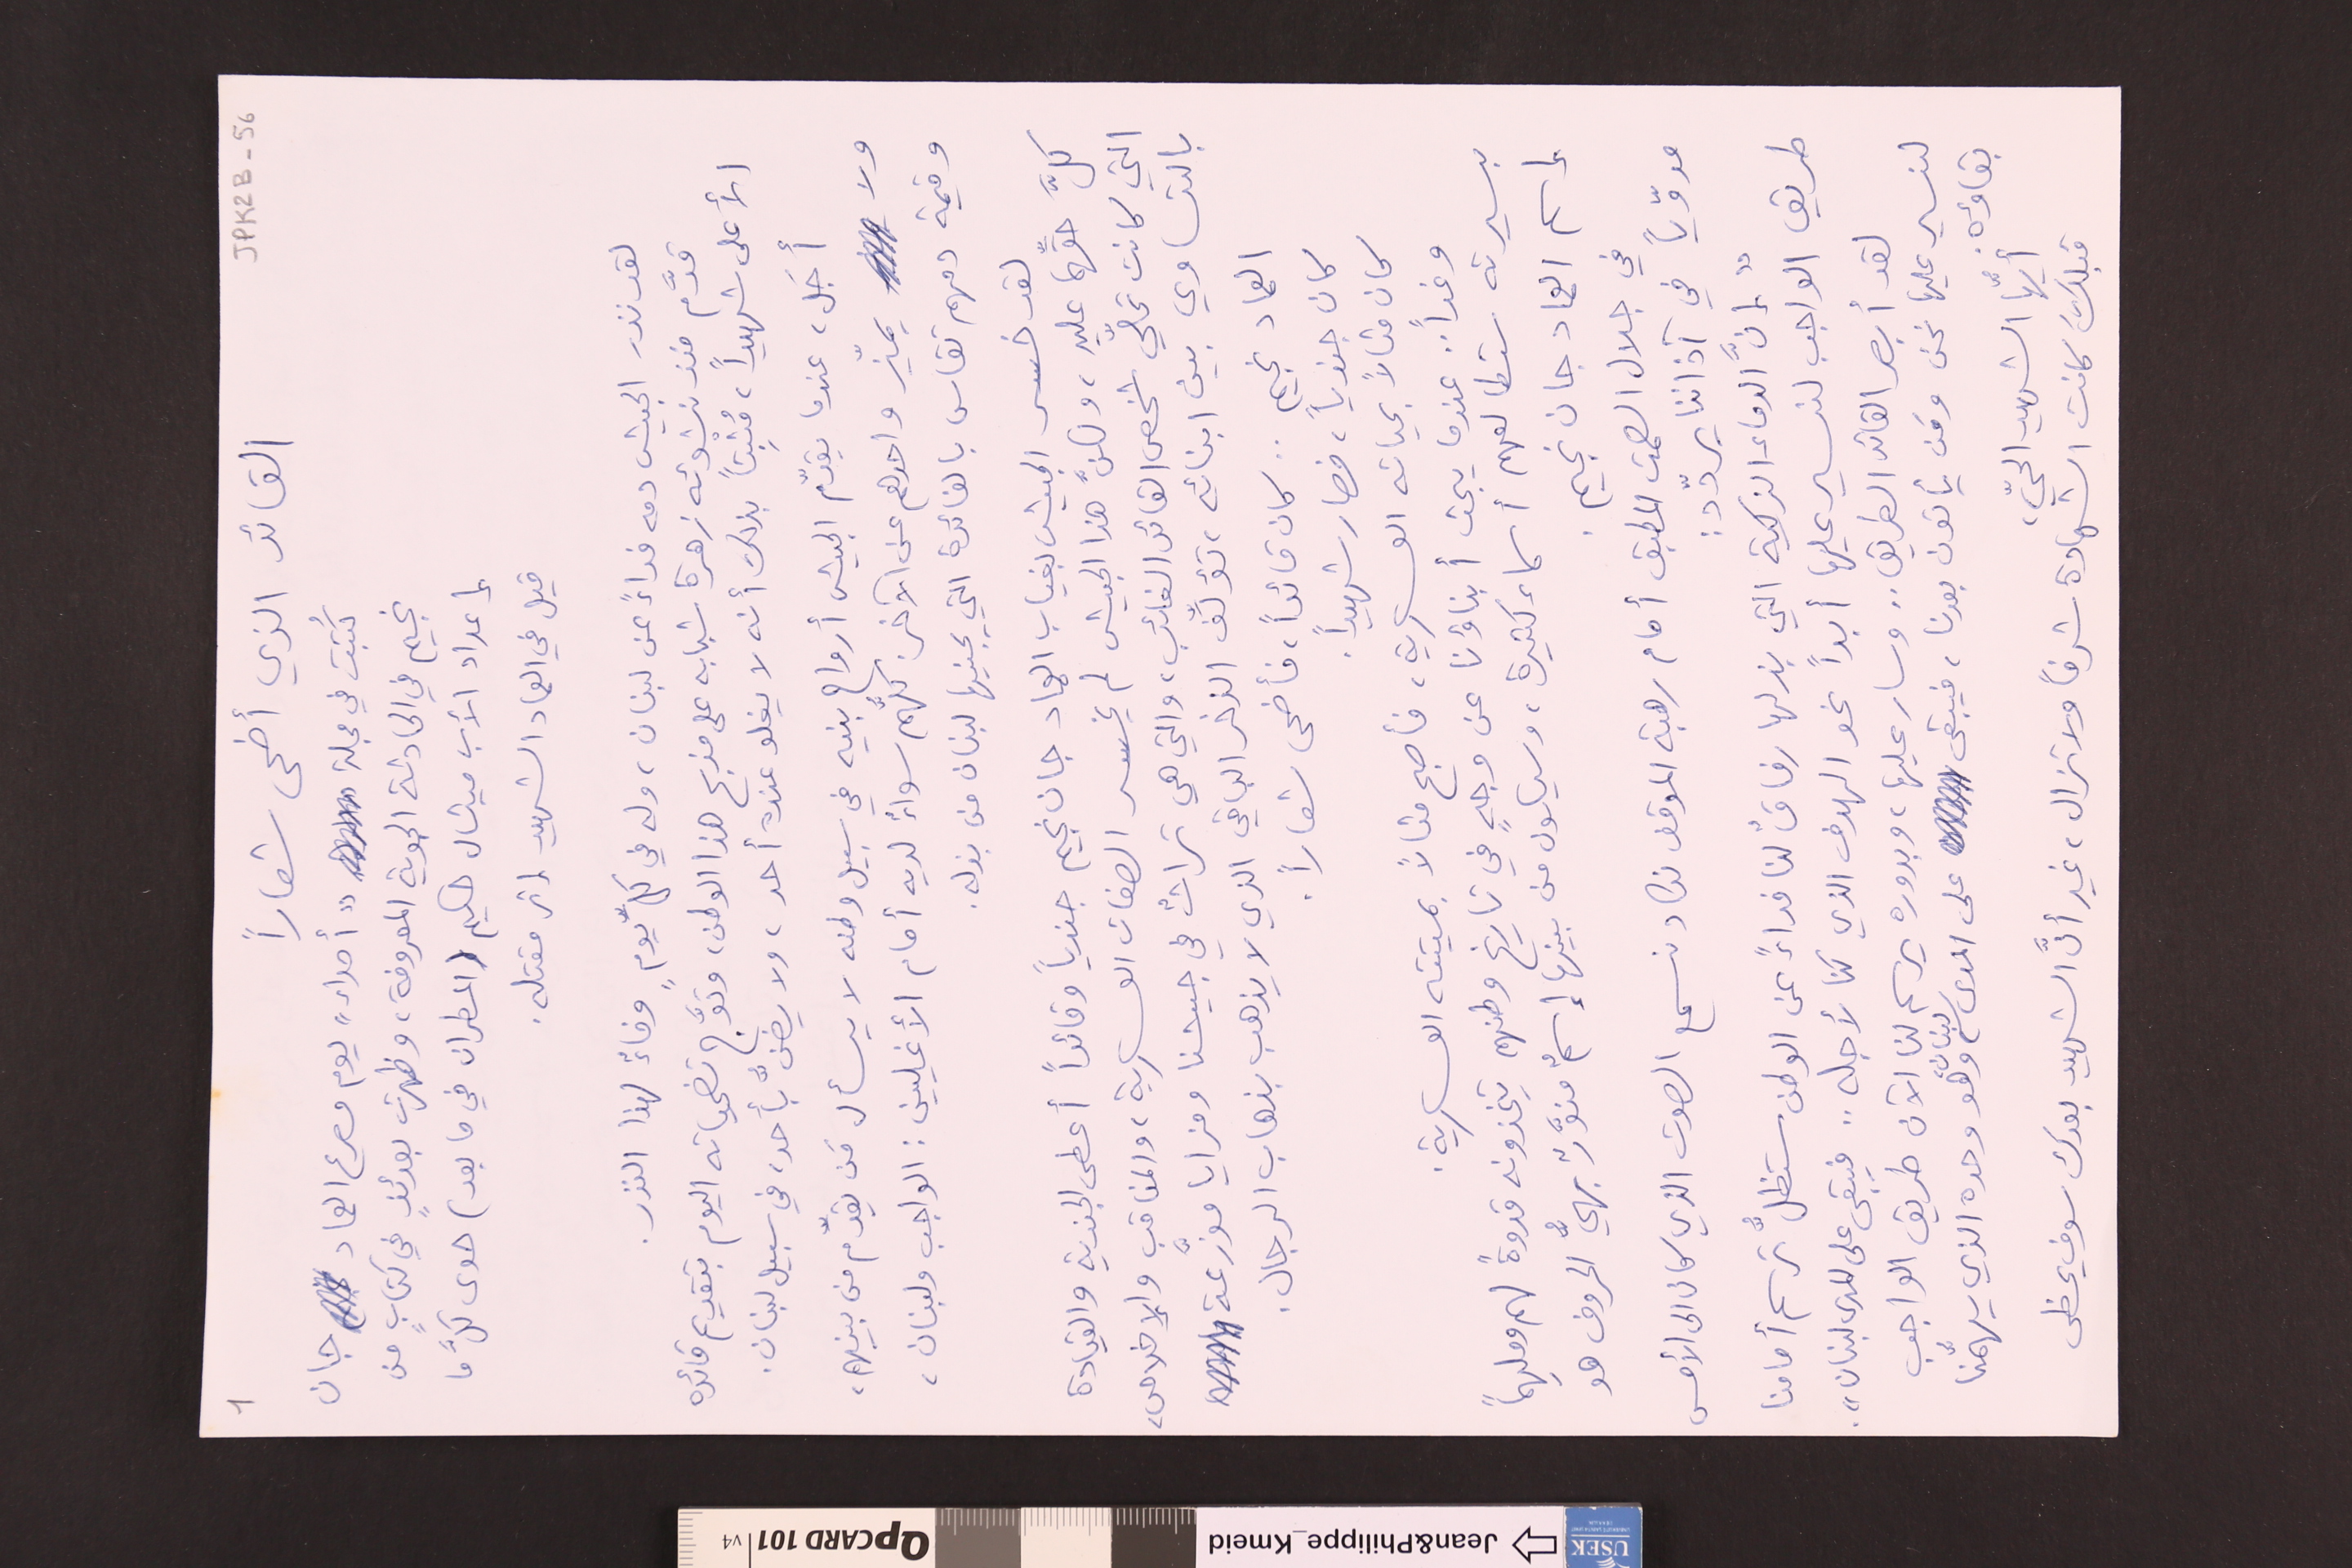
1						JPK2B-56
القائد الذي أضحى شعاراً
كُتبت في مجلة "أصداء" يوم مصرع العماد جان
نجيم في الحادثة الجوية المعروفة، وظهرت بعدئذٍ في كتابٍ من
إعداد الأب ميشال حكيم (المطران في ما بعد) حوى كلَّ ما
قيل في العماد الشهيد إثر مقتله.
لقد نذر الجيش دمه فداءً عن لبنان، وله في كلِّ يومٍ وفاءٌ لهذا النذر.
قدَّم منذ نشوئه زهرة شبابه على مذبح هذا الوطن، وتوَّج تضحياته اليوم بتقديم قائده
الأعلى شهيداً، مُثبِتاً بذلك أنه لا يغلو عنده أحد، ولا يضنُّ بأحد، في سبيل لبنان.
أجَل، عندما يقدّم الجيش أرواح بنيه في سبيل وطنه لا يسأل مَن يقدّم من بينهم،
ولا يميّز واحدهم عن الآخر. كلُّهم سواءٌ لديه أمام الأغليين : الواجب ولبنان،
وقيمة دمهم تقاس بالفائدة التي يجنيها لبنان من بذله.
لقد خسر الجيش بغياب العماد جان نجيم جندياً وقائداً أعطى الجندية والقيادة
كلَّ حقَّهما عليه، ولكنَّ هذا الجيش لم يخسر الصفات العسكرية، والمناقب والإخلاص،
التي كانت تحلّي شخص القائد الغائب، والتي هي تراثٌ في جيشنا ومزايا موزَّعة
بالتساوي بين ابنائه، تؤلِّف الذخر الباقي الذي لا يذهب بذهاب الرجال.
العماد نجيم .. كان قائداً فأضحى شعاراً.
كان جندياً، فصار شهيداً.
كان مثالاً بحياته العسكرية، فأصبح مثالاً بميتته العسكرية.
وغداً .. عندما يبحث أبناؤنا عن وجهٍ في تاريخ وطنهم يتخذونه قدوةً لهم وملهِماً
بسيرته ستطالعهم أسماء كثيرة، وسيكون من بينها إسمٌ منوَّرٌ بهيُّ الحروف هو
إسم العماد جان نجيم.
في جلال الصمت المطبق أمام رهبة الموقف نكاد نسمع الصوت الذي كان الى الأمس
مدوّياً في آذاننا يردّد :
" إنَّ الدماء الزكية التي بذلها رفاقٌ لنا فداءً عن الوطن ستظلُّ ترسم أمامنا
طريق الواجب لنسير عليها أبداً نحو الهدف الذي كنا لأجله .. فيبقى على المدى لبنان".
لقد أبصر القائد الطريق.. وسار عليها، وبدوره يرسم لنا الآن طريق الواجب
لنسير عليها نحن ومَن يأتون بعدنا، فيبقى على المدى لبنان، وهو وحده الذي يهمُّنا
أيُّها الشهيد الحيّ،
قبلكَ كانت الشهادة شرفاً ولا تزال، غير أنَّ الشهيد بعدك سوف يحظى
بقاؤه.